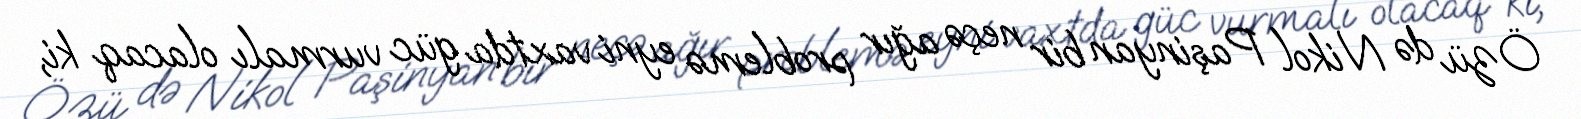
Özü də Nikol Paşinyan bir neçə ağır problemə eyni vaxtda güc vurmalı olacaq ki,